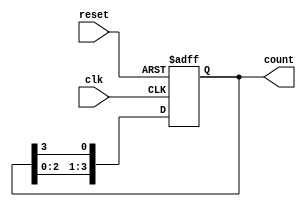
module ring_counter (
    input wire clk,           // Clock input
    input wire reset,         // Asynchronous reset
    output reg [3:0] count    // 4-bit output
);

// Initial state of the counter
initial begin
    count = 4'b0001; // Initialize to 0001
end

// Always block triggered on the rising edge of the clock or reset
always @(posedge clk or posedge reset) begin
    if (reset) begin
        count <= 4'b0001; // Reset to initial state
    end else begin
        // Shift the '1' to the next flip-flop
        count <= {count[2:0], count[3]}; // Rotate the bits
    end
end

endmodule